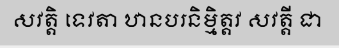
សវត្តិ ទេវតា ឋានបរនិម្មិត្តវ សវត្តី ជា